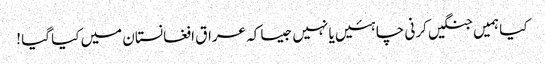
کیا ہمیں جنگیں کرنی چاہئیں یا نہیں جیسا کہ عراق افغانستان میں کیا گیا !